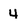
Character: 4